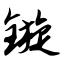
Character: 镟